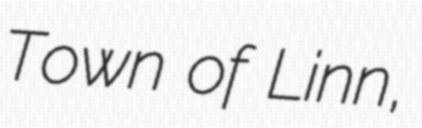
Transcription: Town of Linn,